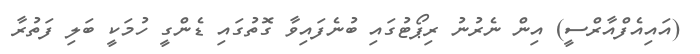
(އައިއެފްއާރްސީ) އިން ނެރުނު ރިޕޯޓުގައި ބުނެފައިވާ ގޮތުގައި ޑެންގީ ހުމަކީ ބަލި ފަތުރާ